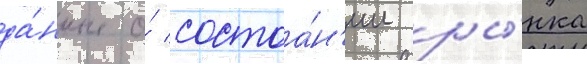
да́нные о́ состоа́н'ии ры́нка